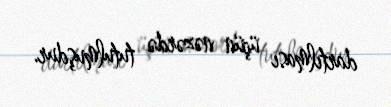
dartılması üçün nəzərdə tutulmuşdur.